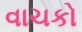
વાચકો